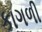
કાગળી